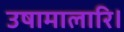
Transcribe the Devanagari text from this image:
उषामालारि।